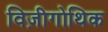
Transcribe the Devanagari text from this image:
विज़ीगोथिक